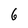
Character: 6